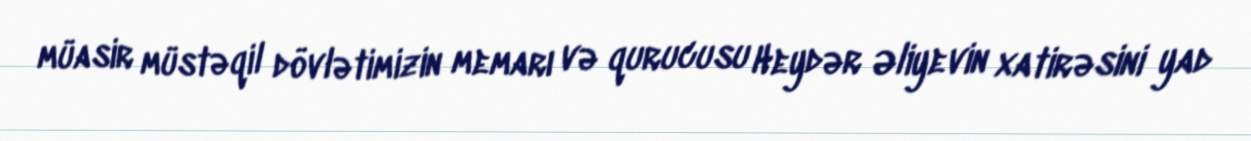
müasir müstəqil dövlətimizin memarı və qurucusu Heydər Əliyevin xatirəsini yad